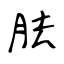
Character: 胠